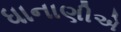
ધાનાણીએ